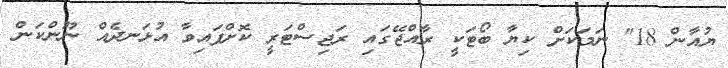
ޔުއާން 18" ނަމަކަށް ކިޔާ ބޯޓަކީ ރާއްޖޭގައި ރަޖިސްޓަރީ ކޮށްފައިވާ އުޅަނދެއް ނޫންކަން